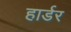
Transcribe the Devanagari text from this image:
हार्डर